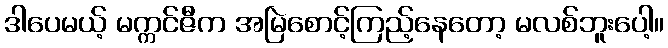
ဒါပေမယ့် မက္ကင်ဇီက အမြဲစောင့်ကြည့်နေတော့ မလစ်ဘူးပေါ့။